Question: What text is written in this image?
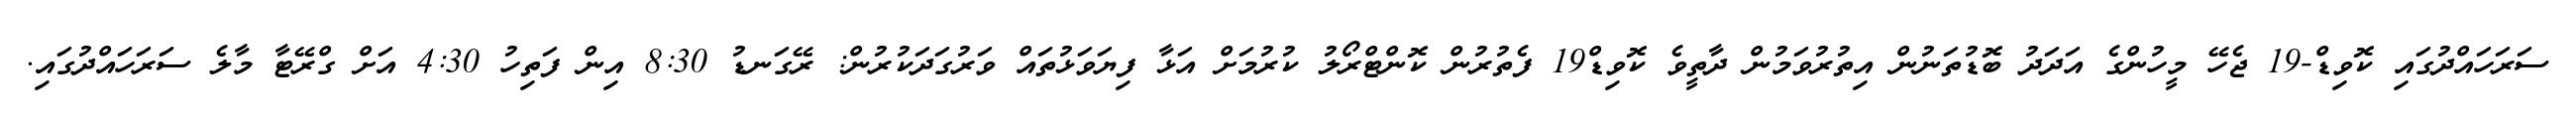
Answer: ސަރަހައްދުގައި ކޮވިޑް-19 ޖެހޭ މީހުންގެ އަދަދު ބޮޑުތަނުން އިތުރުވަމުން ދާތީވެ ކޮވިޑް19 ފެތުރުން ކޮންޓްރޯލު ކުރުމަށް އަޅާ ފިޔަވަޅުތައް ވަރުގަދަކުރުން: ރޭގަނޑު 8:30 އިން ފަތިހު 4:30 އަށް ގްރޭޓާ މާލެ ސަރަހައްދުގައި.